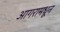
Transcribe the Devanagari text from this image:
आगरामधून